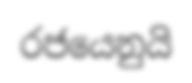
රජයෙනුයි